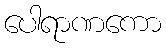
ပေါရာဏကော